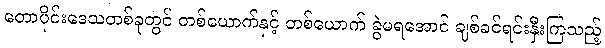
တောပိုင်းဒေသတစ်ခုတွင် တစ်ယောက်နှင့် တစ်ယောက် ခွဲမရအောင် ချစ်ခင်ရင်းနှီးကြသည့်